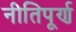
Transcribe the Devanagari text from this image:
नीतिपूर्ण